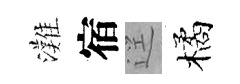
灘宿逕橘